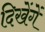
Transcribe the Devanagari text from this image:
दिखेंगें